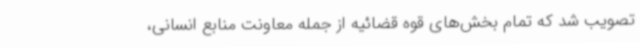
تصویب شد که تمام بخش‌های قوه قضائیه از جمله معاونت منابع انسانی،